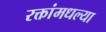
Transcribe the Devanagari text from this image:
रक्तांमधल्या